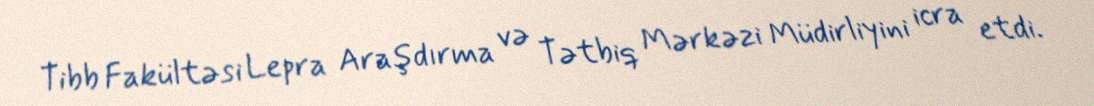
Tibb Fakültəsi Lepra Araşdırma və Tətbiq Mərkəzi Müdirliyini icra etdi.